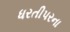
ધરતીપરના